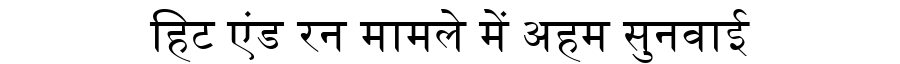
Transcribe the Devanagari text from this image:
हिट एंड रन मामले में अहम सुनवाई